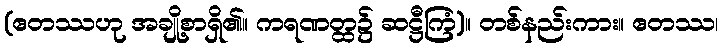
(ဧတဿဟု အချို့စာရှိ၏။ ကရဏတ္ထ၌ ဆဋ္ဌီကြံ)။ တစ်နည်းကား။ ဧတဿ၊